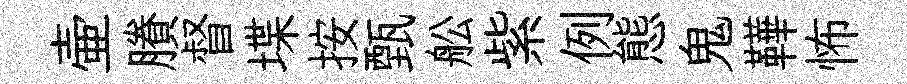
壷賸督堞按甄舩紫例態鬼鞾怖